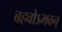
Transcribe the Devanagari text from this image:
बहवोऽभवन्